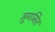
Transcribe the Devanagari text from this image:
सुगमित